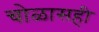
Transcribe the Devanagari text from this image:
चोळासही